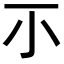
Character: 𡭕